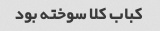
کباب کلا سوخته بود